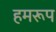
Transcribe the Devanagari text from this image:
हमरूप